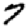
Digit: 7